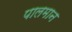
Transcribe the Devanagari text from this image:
पालमान